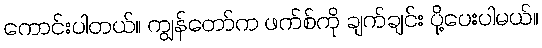
ကောင်းပါတယ်။ ကျွန်တော်က ဖက်စ်ကို ချက်ချင်း ပို့ပေးပါမယ်။